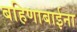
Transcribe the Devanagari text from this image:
बहिणाबाईना